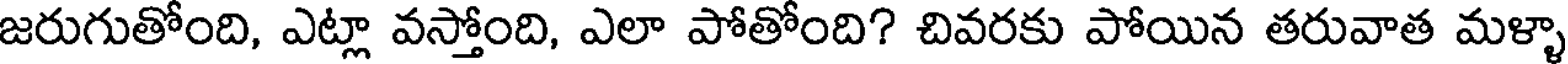
జరుగుతోంది, ఎట్లా వస్తోంది, ఎలా పోతోంది? చివరకు పోయిన తరువాత మళ్ళా